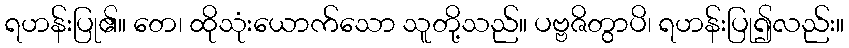
ရဟန်းပြု၏။ တေ၊ ထိုသုံးယောက်သော သူတို့သည်။ ပဗ္ဗဇိတွာပိ၊ ရဟန်းပြု၍လည်း။